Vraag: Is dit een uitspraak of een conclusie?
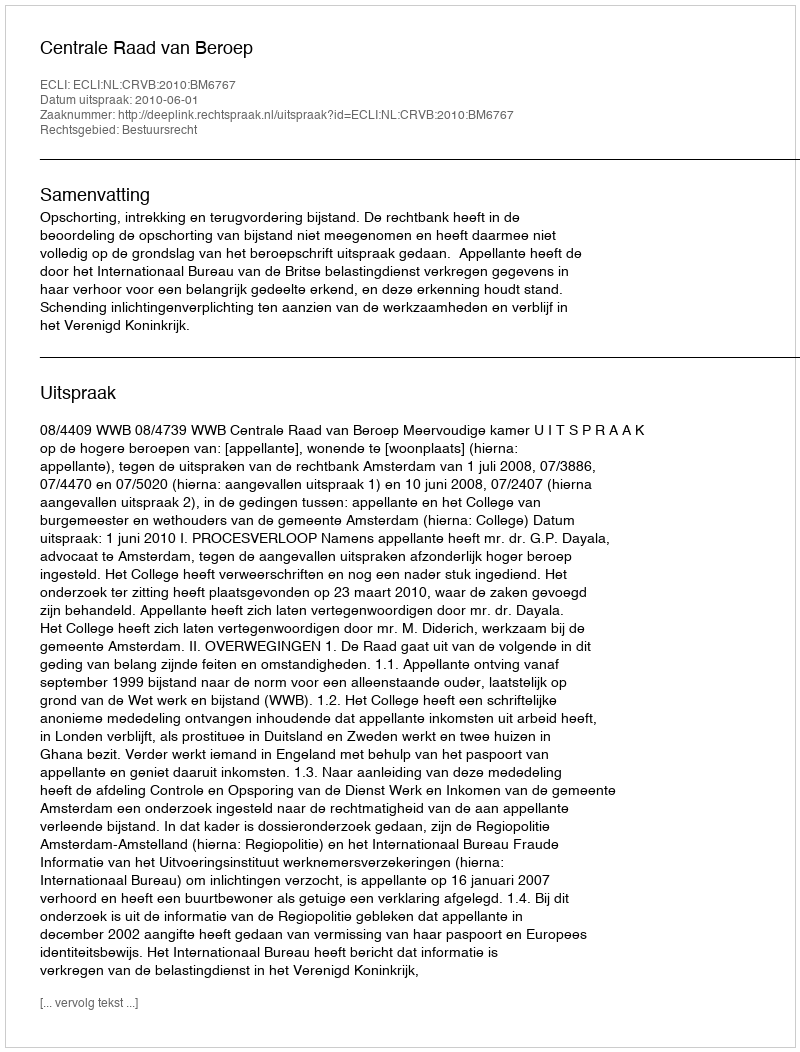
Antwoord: Uitspraak